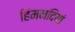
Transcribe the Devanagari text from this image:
हिमनदियां